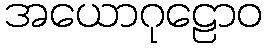
အယောဂုဠောဝ